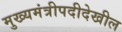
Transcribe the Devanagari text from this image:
मुख्यमंत्रीपदीदेखील